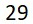
29